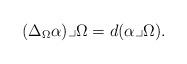
LaTeX: \begin{align*} (\Delta_{\Omega}\alpha)\lrcorner\Omega=d(\alpha\lrcorner\Omega).\end{align*}